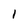
Character: 1